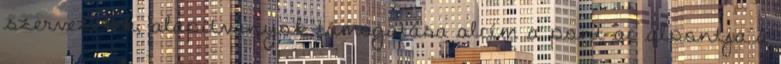
szervezetek, alapítványok támogatása alcím a pont ac alpontja a